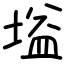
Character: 塧